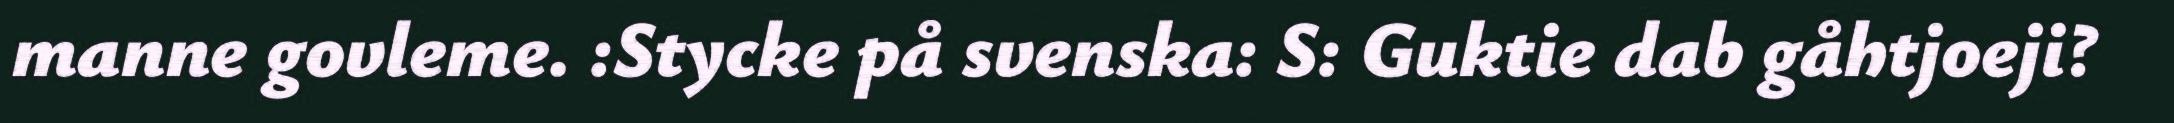
manne govleme. :Stycke på svenska: S: Guktie dab gåhtjoeji?